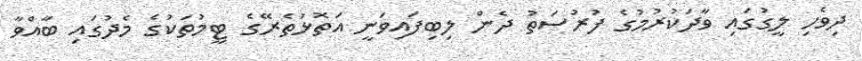
ދިވެހި ލީގުގައި ވާދަކުރުމުގެ ފުރުސަތު ދެން ލިބިފައިވަނީ އަތޮޅުތެރޭގެ ޓީމުތަކުގެ މެދުގައި ބާއްވާ